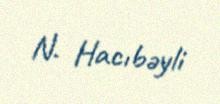
N. Hacıbəyli